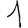
Digit: 1